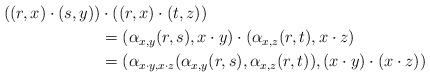
LaTeX: \begin{align*}((r,x)\cdot (s,y))&\cdot ((r,x)\cdot (t,z))\\&= (\alpha_{x,y}(r,s),x\cdot y)\cdot (\alpha_{x,z}(r,t),x\cdot z)\\&=(\alpha_{x\cdot y,x\cdot z}(\alpha_{x,y}(r,s),\alpha_{x,z}(r,t)),(x\cdot y)\cdot (x\cdot z))\end{align*}